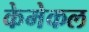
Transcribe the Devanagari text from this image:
केमेकल